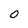
Character: O